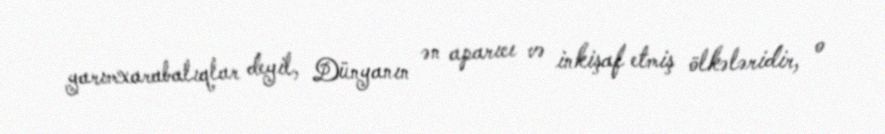
yarımxarabalıqlar deyil, Dünyanın ən aparıcı və inkişaf etmiş ölkələridir, o